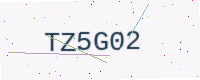
Text: TZ5G02